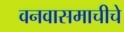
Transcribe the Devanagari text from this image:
वनवासमाचीचे